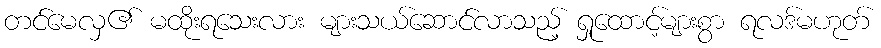
တင်မေလှ၏ မထိုးရသေးလား များသယ်ဆောင်လာသည့် ရှုထောင့်များစွာ ရလဒ်မဟုတ်